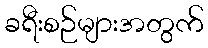
ခရီးစဉ်များအတွက်